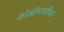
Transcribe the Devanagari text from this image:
कोऑपरेटीव्ह